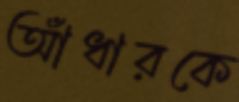
আঁধারকে